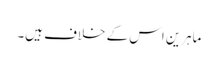
ماہرین اس کے خلاف ہیں۔